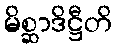
မိစ္ဆာဒိဋ္ဌီတိ